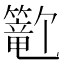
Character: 𬕺